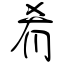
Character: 肴